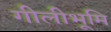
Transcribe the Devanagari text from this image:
गीलीभूमि